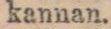
kennan.